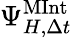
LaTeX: \Psi_{H,\Delta t}^{\textrm{MInt}}